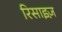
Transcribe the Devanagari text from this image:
रिसाइज़